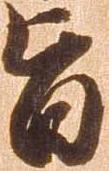
旨